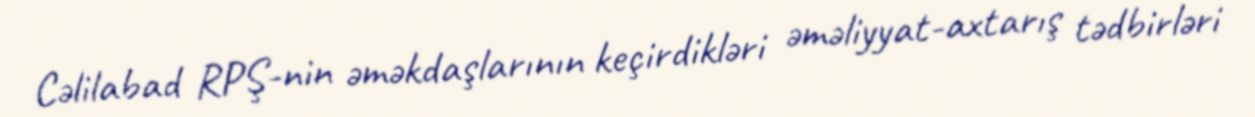
Cəlilabad RPŞ-nin əməkdaşlarının keçirdikləri əməliyyat-axtarış tədbirləri